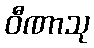
ဝီဏာသု